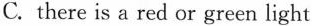
C.there is a red or green light